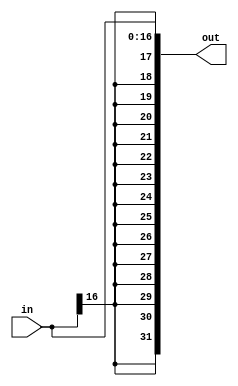
`timescale 1ns / 1ps

module sign_extend_15(input wire[16:0] in, output wire[31:0] out);

assign out = {{15{in[16]}},in};

endmodule